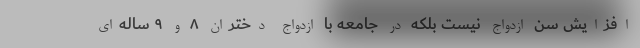
افزایش سن ازدواج نیست بلکه در جامعه با ازدواج دختران ۸ و ۹ ساله‌ای